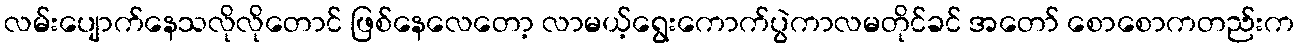
လမ်းပျောက်နေသလိုလိုတောင် ဖြစ်နေလေတော့ လာမယ့်ရွေးကောက်ပွဲကာလမတိုင်ခင် အတော် စောစောကတည်းက